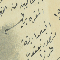
المقره بيأسم افيميا ابنة منصور يعقوب طرزا